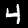
Digit: 4